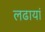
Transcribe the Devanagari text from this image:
लढायां